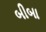
બીબા